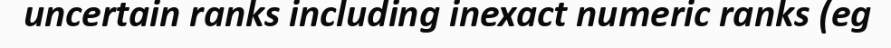
uncertain ranks including inexact numeric ranks (eg